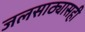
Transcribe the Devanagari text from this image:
जलसाठ्यासही